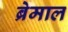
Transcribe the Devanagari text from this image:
ब्रेमाल